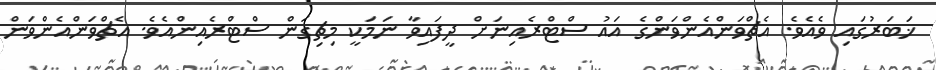
ޚަބަރުގައި ވެއެވެ. އެޗްވަންއެންވަންގެ އައު ސްޓްރެއިނަށް ދީފައިވާ ނަމަކީ މިޗިގަން ސްޓްރެއިންއެވެ. އެޗްވަންއެންވަން